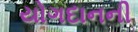
યોગદાનની